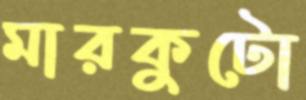
মারকুটো